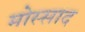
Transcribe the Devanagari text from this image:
मोस्साद